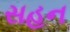
સહન